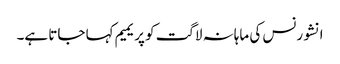
انشورنس کی ماہانہ لاگت کو پریمیم کہا جاتا ہے۔